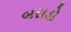
બરાડો